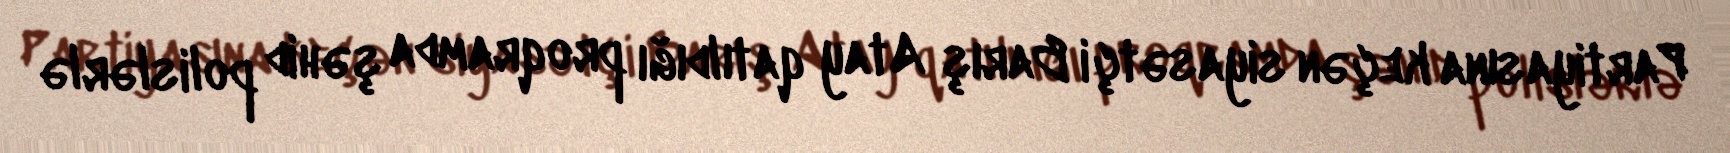
Partiyasına keçən siyasətçi Barış Atay qatıldığı proqramda şəhid polislərlə